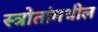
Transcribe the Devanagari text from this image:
स्त्रोतांमधील